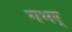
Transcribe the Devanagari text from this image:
गभर्